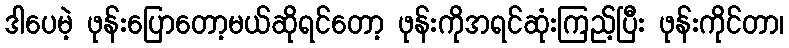
ဒါပေမဲ့ ဖုန်းပြောတော့မယ်ဆိုရင်တော့ ဖုန်းကိုအရင်ဆုံးကြည့်ပြီး ဖုန်းကိုင်တာ၊